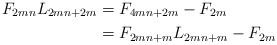
LaTeX: \begin{align*}F_{2mn} L_{2mn + 2m} &= F_{4mn + 2m} - F_{2m}\\&= F_{2mn + m} L_{2mn + m} - F_{2m}\end{align*}